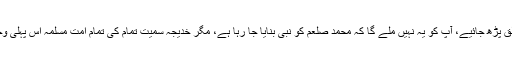
شروع کی چند آیات چھوڑئے، ساری کی ساری سورۃ العلق پڑھ جائیے، آپ کو یہ نہیں ملے گا کہ محمد صلعم کو نبی بنایا جا رہا ہے، مگر خدیجہ سمیت تمام کی تمام امت مسلمہ اس پہلی وحی کو ہی بنیاد بنا کر محمد صلعم کو نبی مانتی آ رہی ہے۔